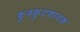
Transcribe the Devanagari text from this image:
कुक्कुटशावक